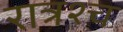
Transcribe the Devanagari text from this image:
रात्रश्च